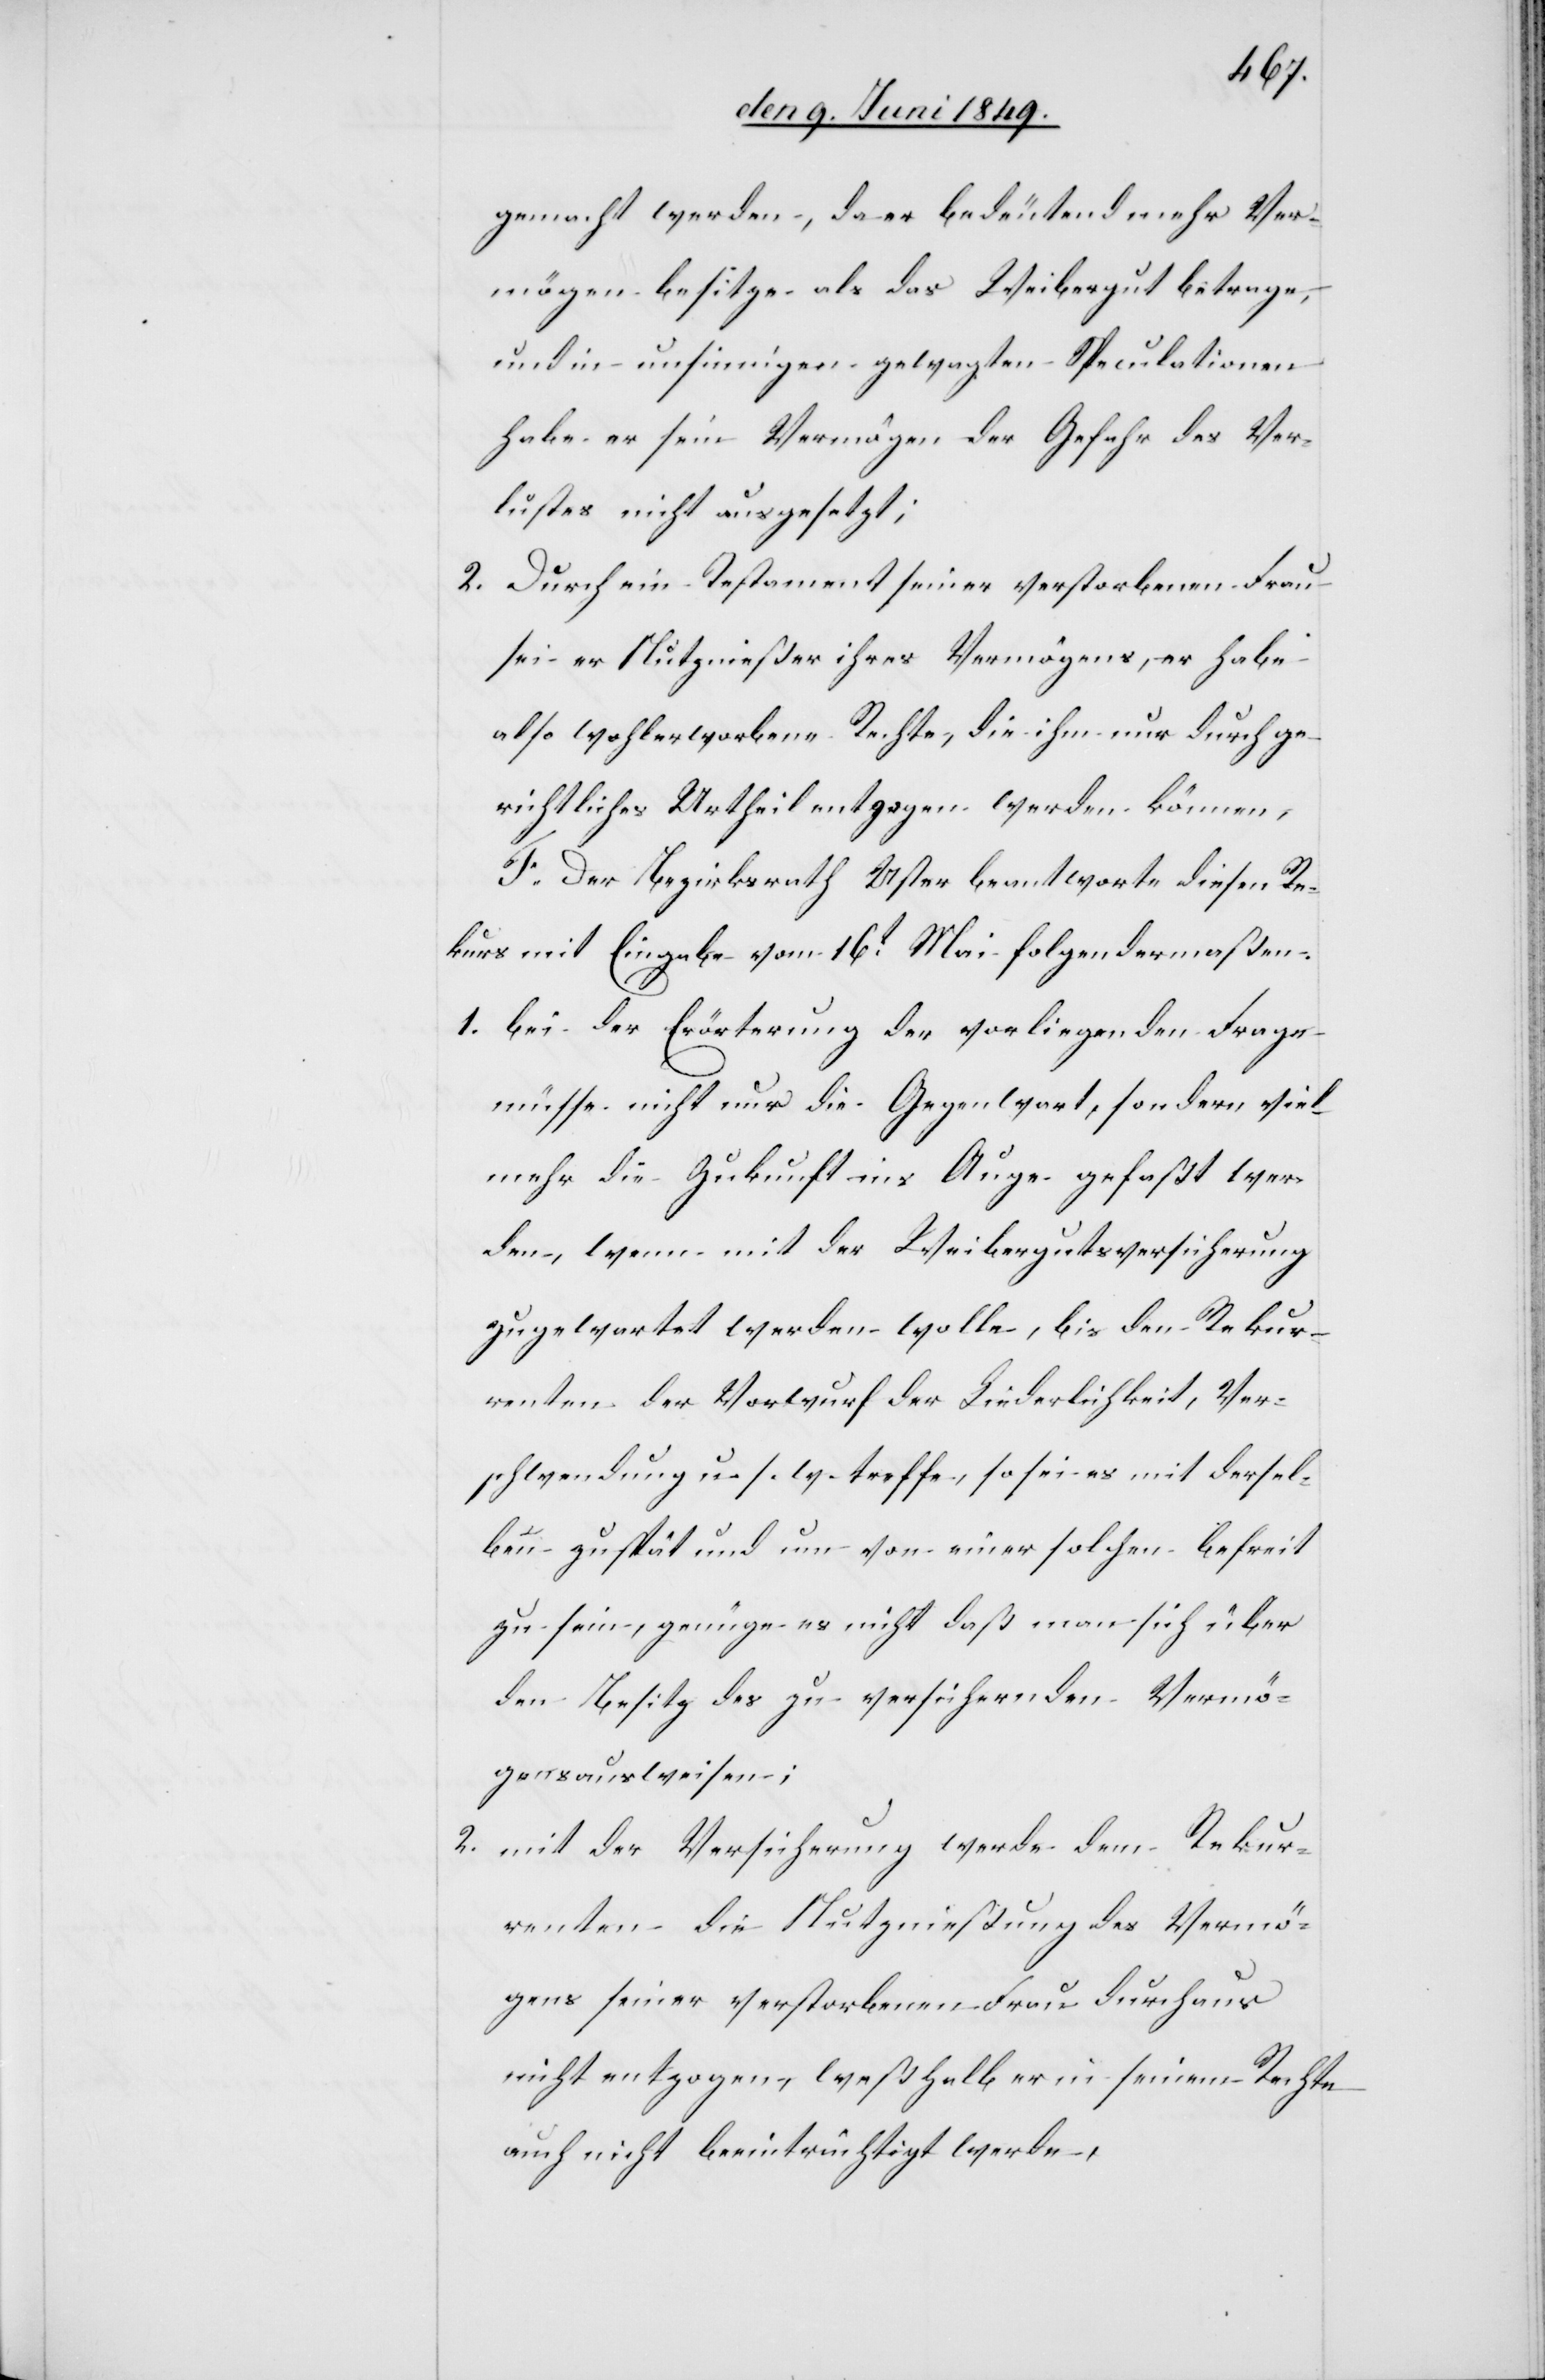
gemacht werden, da er bedeutend mehr Ver¬
mögen besitze als das Weibergut betrage,
und in unsinnigen gewagten Speculationen
habe er sein Vermögen der Gefahr des Ver¬
lustes nicht ausgesetzt;
2. Durch ein Testament seiner verstorbenen Frau
sei er Nutznießer ihres Vermögens, er habe
also wohlerworbene Rechte, die ihm nur durch ge¬
richtliches Urtheil entzogen werden können,
F. Der Bezirksrath Uster beantworte diesen Re¬
kurs mit Eingabe vom 16t Mai folgendermaßen
1. Bei der Erörterung der vorliegenden Frage
müsse nicht nur die Gegenwart, sondern viel
mehr die Zukunft ins Auge gefaßt wer¬
den, wenn mit der Weibergutsversicherung
zugewartet werden wolle, bis den Rekur¬
renten der Vorwurf der Liederlichkeit, Ver¬
schwendung u. s. w. treffe, so sei es mit dersel¬
ben zu spät und um von einer solchen befreit
zu sein, genüge es nicht daß man sich über
den Besitz des zu versichernden Vermö¬
gensausweisen;
2. mit der Versicherung werde dem Rekur¬
renten die Nutznießung des Vermö¬
gens seiner verstorbenen Frau durchaus
nicht entzogen, weßhalb er in seinem Rechte
auch nicht beeinträchtigt werde,